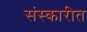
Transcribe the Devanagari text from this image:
संस्कारीत